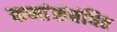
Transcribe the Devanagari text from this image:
कणांंसंबंधित